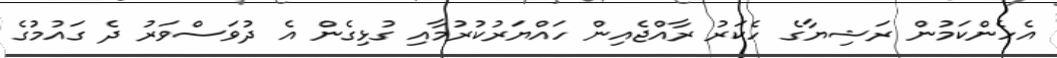
އެހެންކަމުން ރަޝިޔާގެ ހެކަރު ރާއްޖެއިން ހައްޔަރުކުރުމާއި ގުޅިގެން އެ ދުވަސްވަރު ދެ ގައުމުގެ